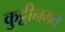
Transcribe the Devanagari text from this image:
कुट्टीनमत